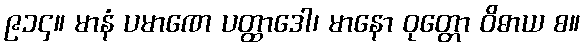
၉၁၄။ မာနံ ပမာဏေ ပတ္ထာဒေါ၊ မာနော ဝုတ္တော ဝိဓာယ စ။